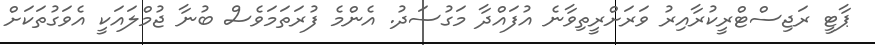
ޕާޓީ ރަޖިސްޓްރީކުރާއިރު ވަރަށްރީތިވާނެ އުފައްދާ މަގުސަދު. އެންމެ ފުރަތަމަވެސް ބުނާ ޖުމްލައަކީ އެވަގުތަކަށް